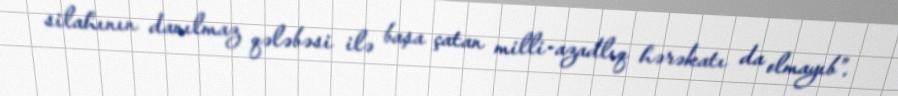
silahının danılmaz qələbəsi ilə başa çatan milli-azadlıq hərəkatı da olmayıb”.